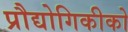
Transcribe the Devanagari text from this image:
प्रौद्योगिकीको